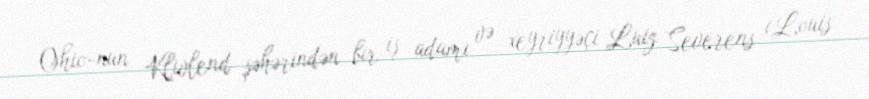
Ohio-nun Klivlend şəhərindən bir iş adamı və xeyriyyəçi Luiz Severens (Louis